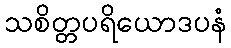
သစိတ္တပရိယောဒပနံ